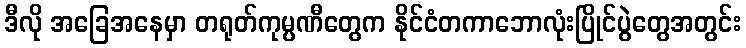
ဒီလို အခြေအနေမှာ တရုတ်ကုမ္ပဏီတွေက နိုင်ငံတကာဘောလုံးပြိုင်ပွဲတွေအတွင်း